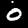
Label: 0